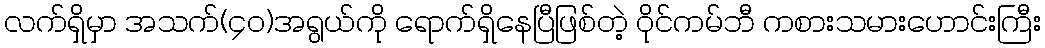
လက်ရှိမှာ အသက်(၄၀)အရွယ်ကို ရောက်ရှိနေပြီဖြစ်တဲ့ ဝိုင်ကမ်ဘီ ကစားသမားဟောင်းကြီး